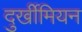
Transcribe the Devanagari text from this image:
दुर्खीमियन